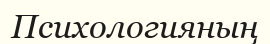
Психологияның